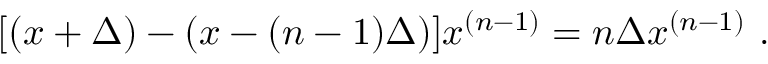
[ ( x + \Delta ) - ( x - ( n - 1 ) \Delta ) ] x ^ { ( n - 1 ) } = n \Delta x ^ { ( n - 1 ) } \ .